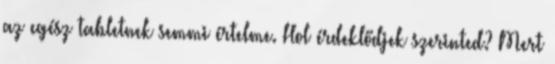
az egész tabletnek semmi értelme. Hol érdeklődjek szerinted? Mert